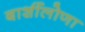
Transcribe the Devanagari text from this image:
बार्शीलोणा